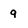
Character: 9